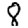
Digit: 8